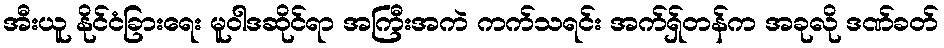
အီးယူ နိုင်ငံခြားရေး မူဝါဒဆိုင်ရာ အကြီးအကဲ ကက်သရင်း အက်ရှ်တန်က အခုလို ဒဏ်ခတ်